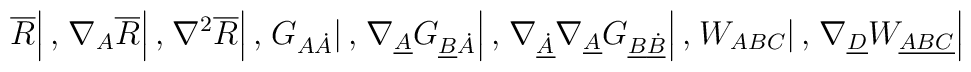
\left. \overline{R} \right|, \left. \nabla_A \overline{R}\right|, \left. \nabla^2 \overline{R}\right|, \left. G_{A \dot A}\right|, \left. \nabla_{\underline{A}}G_{\underline{B} \dot A}\right|, \left. \nabla_{\underline{\dot A}} \nabla_{\underline{A}} G_{\underline{B} \underline{\dot B}}\right|, \left. W_{ABC} \right|, \left. \nabla _{\underline{D}}W_{\underline{ABC}}\right|